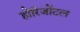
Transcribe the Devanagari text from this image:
होरिजोंटल